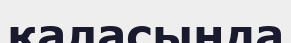
қаласыңда